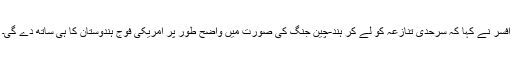
افسر نے کہا کہ سرحدی تنازعہ کو لے کر ہند-چین جنگ کی صورت میں واضح طور پر امریکی فوج ہندوستان کا ہی ساتھ دے گی۔